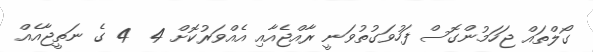
ގޯލްތައް ޖަހަމުންގޮސް ފަހުވަގުތުވަނީ ރާއްޖެއާއި އެއްވަރުކޮށް 4  4 ގެ ނަތީޖާއެއް